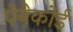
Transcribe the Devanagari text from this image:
पेनेकोर्ड